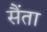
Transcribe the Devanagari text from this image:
सैंता